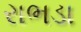
રાભડા